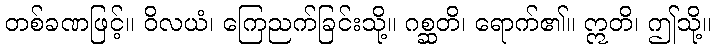
တစ်ခဏဖြင့်။ ဝိလယံ၊ ကြေညက်ခြင်းသို့။ ဂစ္ဆတိ၊ ရောက်၏။ ဣတိ၊ ဤသို့။